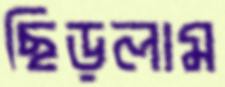
ছিড়লাম